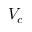
V _ { c }